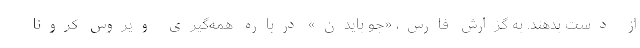
از دست بدهند. به گزارش فارس،‌ «جو بایدن» درباره همه‌گیری ویروس کرونا